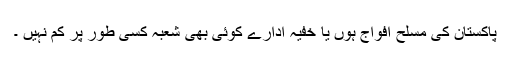
پاکستان کی مسلح افواج ہوں یا خفیہ ادارے کوئی بھی شعبہ کسی طور پر کم نہیں ۔